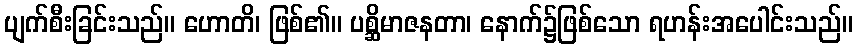
ပျက်စီးခြင်းသည်။ ဟောတိ၊ ဖြစ်၏။ ပစ္ဆိမာဇနတာ၊ နောက်၌ဖြစ်သော ရဟန်းအပေါင်းသည်။